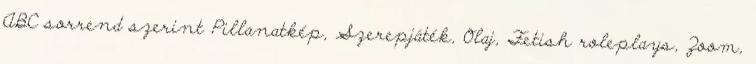
ABC sorrend szerint Pillanatkép, Szerepjáték, Olaj, Fetish roleplays, Zoom,